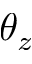
\theta _ { z }